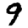
Digit: 9